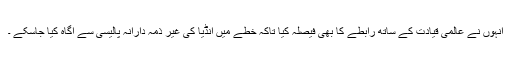
انہوں نے عالمی قیادت کے ساتھ رابطے کا بھی فیصلہ کیا تاکہ خطے میں انڈیا کی غیر ذمہ دارانہ پالیسی سے آگاہ کیا جاسکے ۔